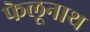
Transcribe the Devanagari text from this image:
फेलूनाथ